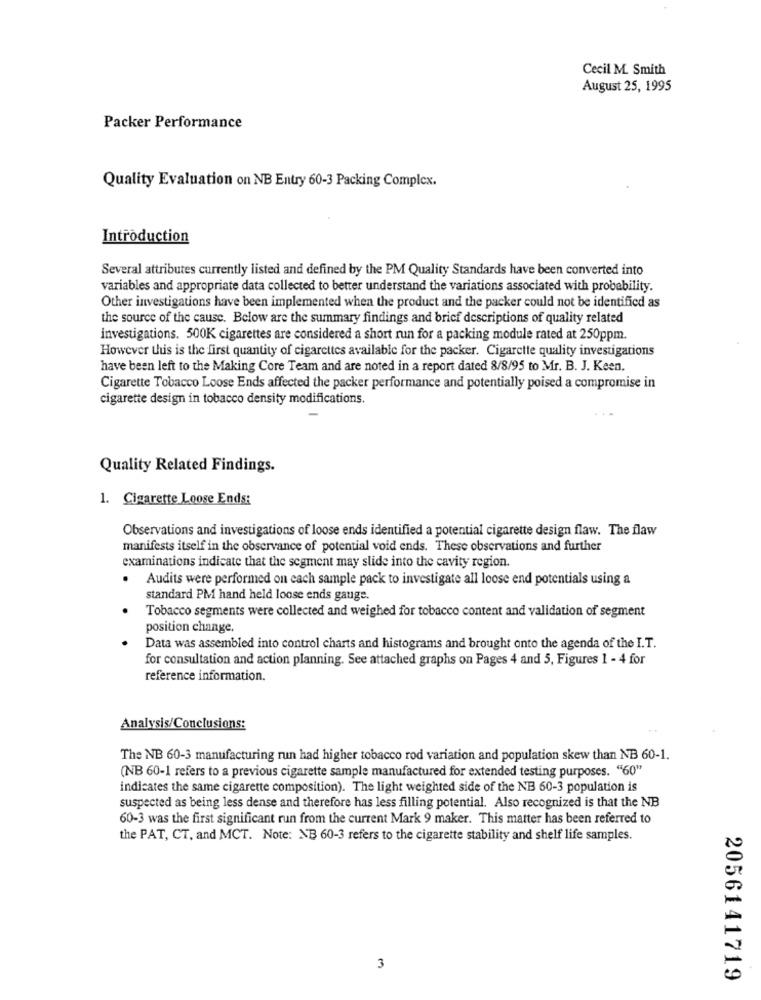
Cecil M. Smith
August 25, 1995
Packer Performance
Quality Evaluation on NB Entry 60-3 Packing Complex.
Introduction
Several attributes currently listed and defined by the PM Quality Standards have been converted into
variables and appropriate data collected to better understand the variations associated with probability.
Other investigations have been implemented when the product and the packer could not be identified as
the source of the cause. Below are the summary findings and brief descriptions of quality related
investigations. 500K cigarettes are considered a short run for a packing module rated at 250ppm.
However this is the first quantity of cigarettes available for the packer. Cigarette quality investigations
have been left to the Making Core Team and are noted in a report dated 8/8/95 to Mr. B. J. Keen.
Cigarette Tobacco Loose Ends affected the packer performance and potentially poised a compromise in
cigarette design in tobacco density modifications.
Quality Related Findings.
1. Cigarette Loose Ends:
Observations and investigations of loose ends identified a potential cigarette design flaw. The flaw
manifests itself in the observance of potential void ends. These observations and further
examinations indicate that the segment may slide into the cavity region.
Audits were performed on each sample pack to investigate all loose end potentials using a
standard PM hand held loose ends gauge.
Tobacco segments were collected and weighed for tobacco content and validation of segment
position change
Data was assembled into control charts and histograms and brought onto the agenda of the I.T.
for consultation and action planning. See attached graphs on Pages 4 and 5, Figures 1 - 4 for
reference information.
Analysis/Conclusions:
The NB 60-3 manufacturing run had higher tobacco rod variation and population skew than NB 60-1.
(NB 60-1 refers to a previous cigarette sample manufactured for extended testing purposes. "60"
indicates the same cigarette composition). The light weighted side of the NB 60-3 population is
suspected as being less dense and therefore has less filling potential. Also recognized is that the NB
60-3 was the first significant run from the current Mark 9 maker. This matter has been referred to
the PAT, CT, and MCT. Note: NBB 60-3 refers to the cigarette stability and shelf life samples.
3
2056141719